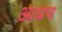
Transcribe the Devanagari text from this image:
आधण